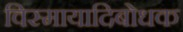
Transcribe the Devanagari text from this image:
विस्मायादिबोधक